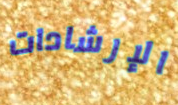
الإرشادات